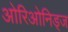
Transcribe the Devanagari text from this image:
ओरिओनिड्ज